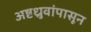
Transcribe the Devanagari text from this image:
अष्टध्रुवांपासून